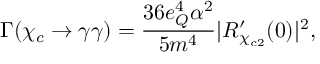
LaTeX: \Gamma ( \chi _ { c } \rightarrow \gamma \gamma ) = \frac { 3 6 e _ { Q } ^ { 4 } \alpha ^ { 2 } } { 5 m ^ { 4 } } | R _ { \chi _ { c 2 } } ^ { \prime } ( 0 ) | ^ { 2 } ,